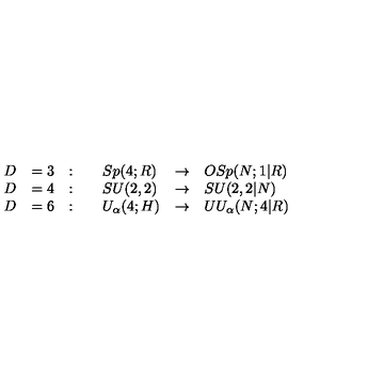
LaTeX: \begin{array} { l l l l l l } { \displaystyle D } & { = 3 } & { : \quad } & { S p ( 4 ; R ) } & { \to } & { O S p ( N ; 1 | R ) } \\ { \displaystyle D } & { = 4 } & { : \quad } & { S U ( 2 , 2 ) } & { \to } & { S U ( 2 , 2 | N ) } \\ { \displaystyle D } & { = 6 } & { : \quad } & { U _ { \alpha } ( 4 ; H ) } & { \to } & { U U _ { \alpha } ( N ; 4 | R ) } \\ \end{array}